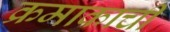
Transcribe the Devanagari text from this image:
क्रमाकाची